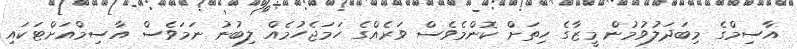
އާސިމްގެ މިބަދަލުވުމުން މީޒާގެ ހިތަށް ކޮންމެވެސް ވަރެއްގެ ހަމަޖެހުމެއް ލިބުނު ނަމަވެސް އާސިމްއަށްޓަކައި